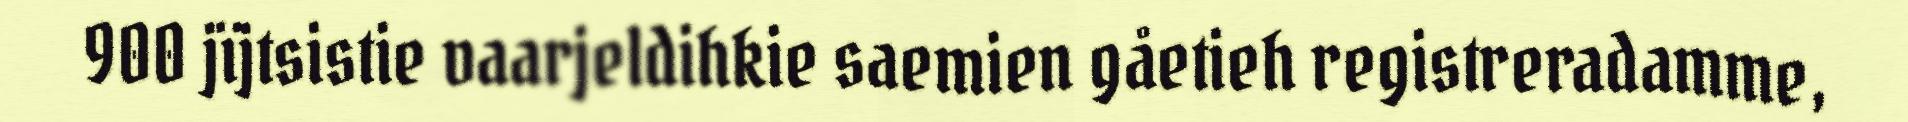
900 jïjtsistie vaarjeldihkie saemien gåetieh registreradamme,